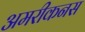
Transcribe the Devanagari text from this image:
अमरीकनस